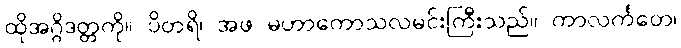
ထိုအဂ္ဂိဒတ္တကို။ ပိတရိ၊ အဖ မဟာကောသလမင်းကြီးသည်။ ကာလင်္ကတေ၊